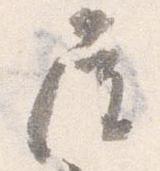
屋